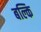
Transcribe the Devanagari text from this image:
बल्कि